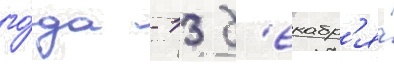
го́да - 13 д'екабр'я́